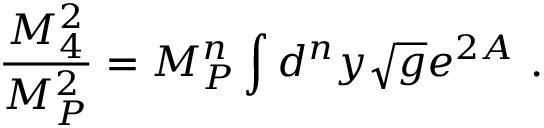
\frac { M _ { 4 } ^ { 2 } } { M _ { P } ^ { 2 } } = M _ { P } ^ { n } \int d ^ { n } y \sqrt { g } e ^ { 2 A } \ .